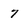
Character: 7